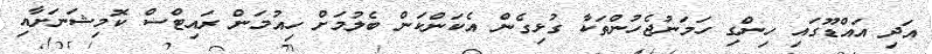
އަދި އައްޑޫގައި ހިންގި ހަމަނުޖެހުންތަކާ ގުޅިގެން އެކަންކަން ބެލުމަށް ހިއުމަން ރައިޓްސް ކޮމިޝަނަށާއި